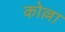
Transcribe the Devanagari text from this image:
कोल्ला